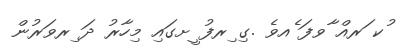
ުކ ަރއް ާވފަ ެއވެ .ގި ިރފު ީށގައި މިހާރު ދަ ިރވަރުން